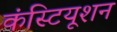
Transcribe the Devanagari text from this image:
कंस्टियूशन